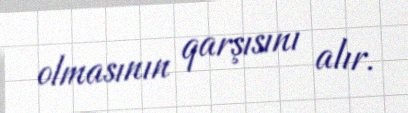
olmasının qarşısını alır.